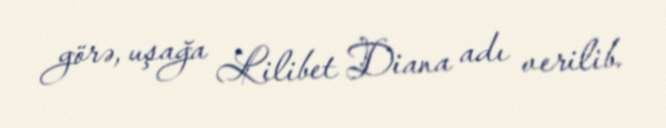
görə, uşağa Lilibet Diana adı verilib.